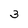
Character: 3